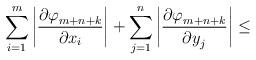
LaTeX: \begin{align*}\sum\limits_{i=1}^m {\left| \frac{{\partial \varphi }_{m+n+k}}{{\partial x}_{i}} \right|+\sum\limits_{j=1}^n \left| \frac{{\partial \varphi }_{m+n+k}}{{\partial y}_{j}} \right| } \le\end{align*}